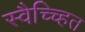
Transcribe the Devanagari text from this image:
स्वैच्च्हित